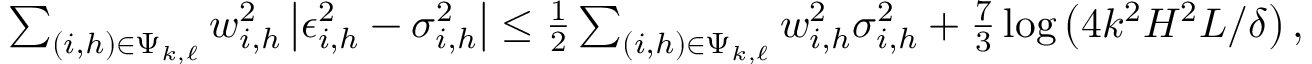
\begin{array} { r } { \sum _ { ( i , h ) \in \Psi _ { k , \ell } } w _ { i , h } ^ { 2 } \left| \epsilon _ { i , h } ^ { 2 } - \sigma _ { i , h } ^ { 2 } \right| \le \frac { 1 } { 2 } \sum _ { ( i , h ) \in \Psi _ { k , \ell } } w _ { i , h } ^ { 2 } \sigma _ { i , h } ^ { 2 } + \frac { 7 } { 3 } \log \left( 4 k ^ { 2 } H ^ { 2 } L / \delta \right) , } \end{array}